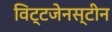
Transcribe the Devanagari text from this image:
विट्टजेनस्टीन